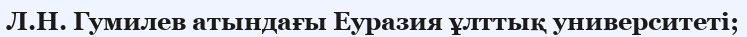
Л.Н. Гумилев атындағы Еуразия ұлттық университеті;